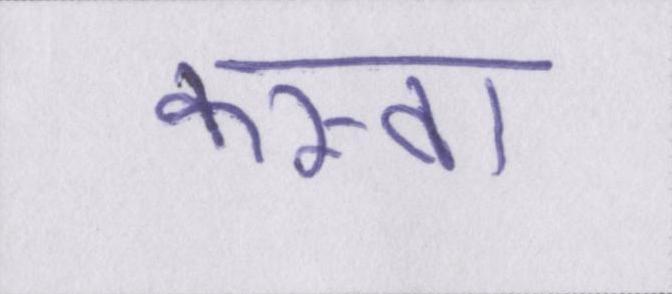
कस्बा